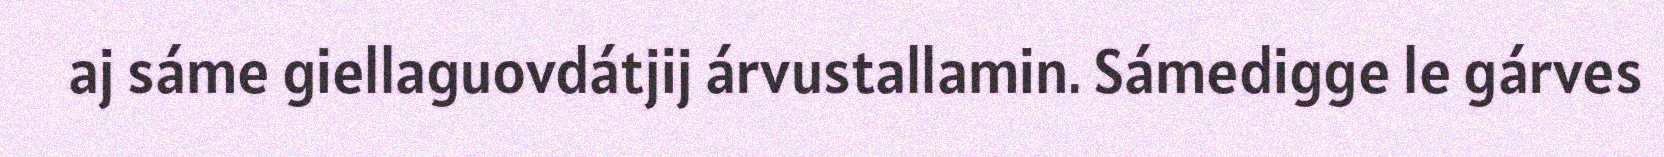
aj sáme giellaguovdátjij árvustallamin. Sámedigge le gárves